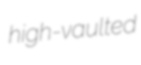
high-vaulted